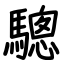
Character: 驄